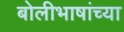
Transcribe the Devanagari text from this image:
बोलीभाषांच्या